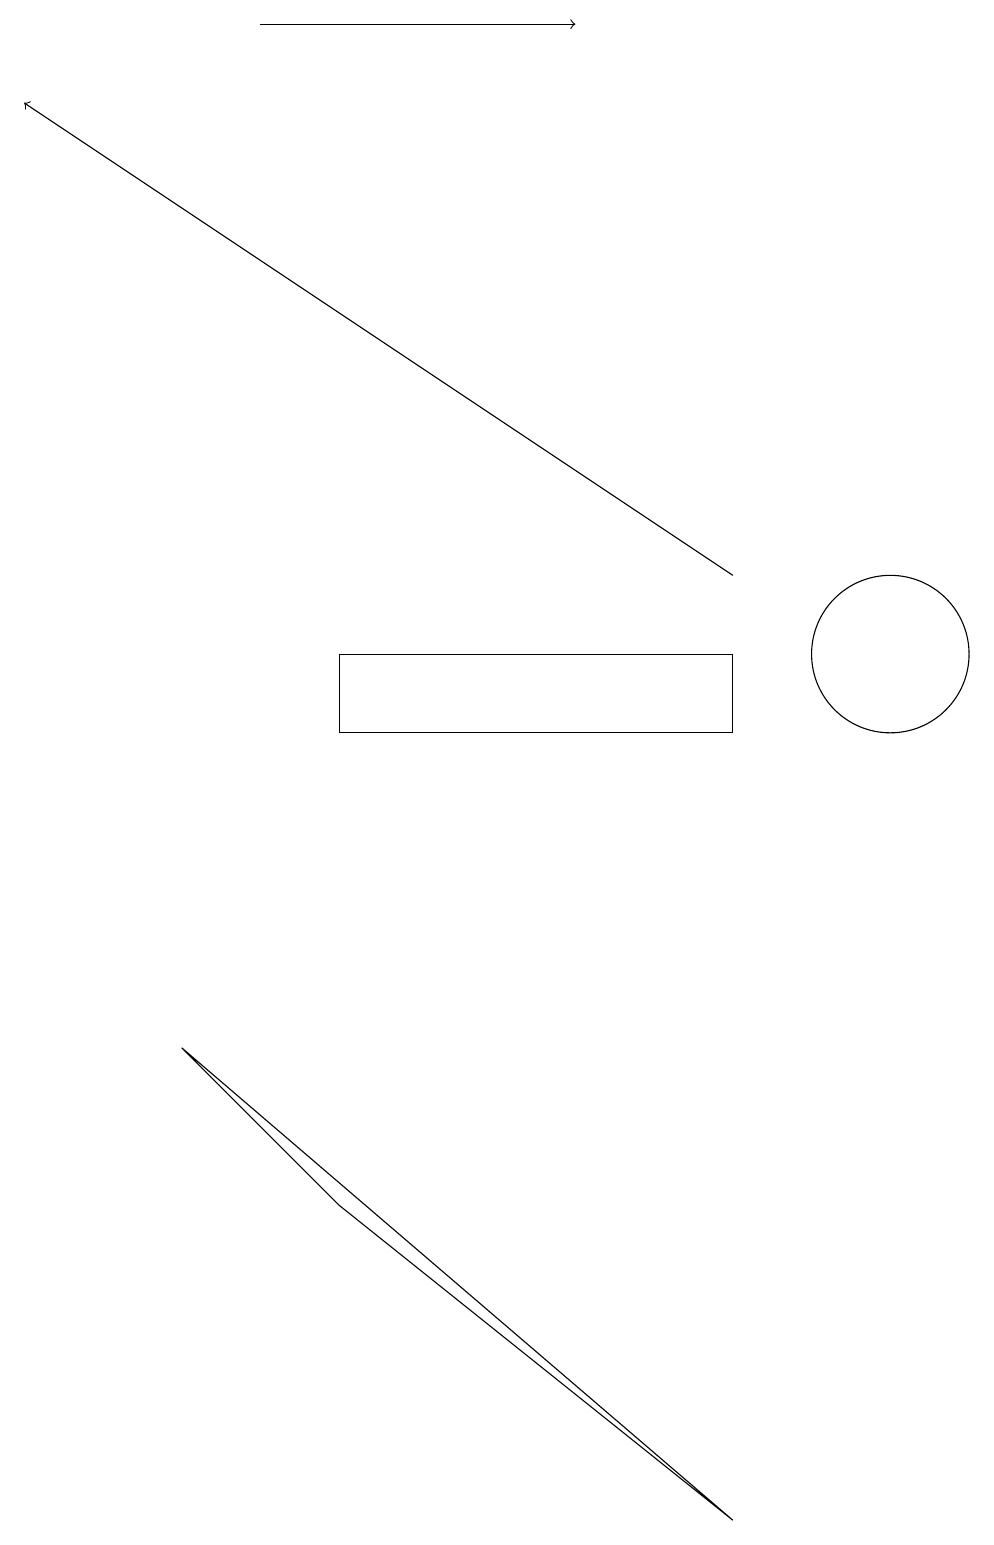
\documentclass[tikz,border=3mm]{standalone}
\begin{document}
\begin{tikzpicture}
\draw (11,11) circle (1);
\draw (4,4) -- (2,6) -- (9,0) -- cycle;
\draw[->] (9,12) -- (0,18);
\draw[->] (3,19) -- (7,19);
\draw (9,10) rectangle (4,11);
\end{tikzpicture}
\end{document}